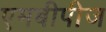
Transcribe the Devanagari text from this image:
एमबीपीज